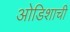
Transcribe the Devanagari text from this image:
ओडिशाची